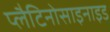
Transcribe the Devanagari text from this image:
प्लैटिनोसाइनाइड